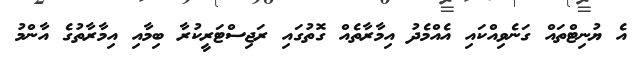
އެ ޔުނިޓްތައް ގަނެވިއްކައި އެއްމެދު އިމާރާތެއް ގޮތުގައި ރަޖިސްޓަރީކުރާ ބިމާއި އިމާރާތުގެ އާންމު